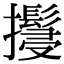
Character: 𢹚